Report on vaccination in Madras 1904-1921 - 1904-1921
Year: 1904
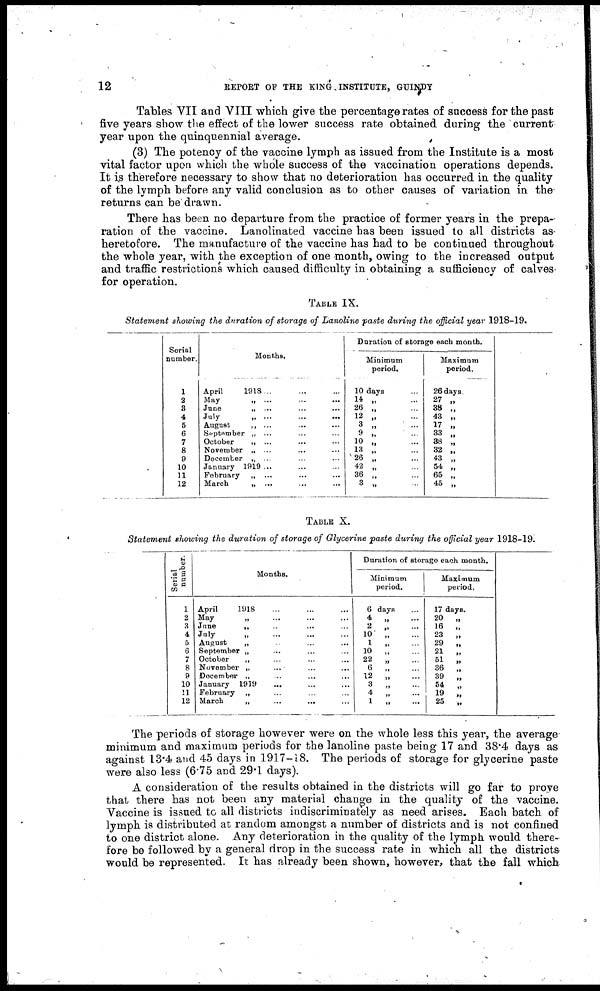
12
REPORT OF THE KING INSTITUTE, GUINDY
Tables VII and VIII which give the percentage rates of success for the past
five years show the effect of the lower success rate obtained during the current
year upon the quinquennial average.
(3) The potency of the vaccine lymph as issued from the Institute is a most
vital factor upon which the whole success of the vaccination operations depends.
It is therefore necessary to show that no deterioration has occurred in the quality
of the lymph before any valid conclusion as to other causes of variation in the
returns can be drawn.
There has been no departure from the practice of former years in the prepa-
ration of the vaccine. Lanolinated vaccine has been issued to all districts as
heretofore. The manufacture of the vaccine has had to be continued throughout
the whole year, with the exception of one month, owing to the increased output
and traffic restrictions which caused difficulty in obtaining a sufficiency of calves
for operation.
TABLE IX.
Statement showing the duration of storage of Lanoline paste during the official year 1918-19.
Serial
number.
1
2
8
4
6
6
7
8
9
10
11
12
Months,
April
1918 ... ...
May
„ ... ... ...
Jane
„ ... ... ...
July
„ ...
...
...
August
„ ... ... ...
September „ ... ... ...
October
„ ... ... ...
November „ ... ... ...
December „ ... ... ...
January 1919 ... ... ...
February „ ... ... ...
March
„ ... ... ...
Duration of storage each month.
Minimum
period.
10 days
14 „ ...
26 „ ...
12 „ ...
3 „ ...
9 „ ...
10 „ ...
13 „ ...
26 „ ...
42 „ ...
36 „ ...
3 „ ...
Maximum
period.
26 days.
27 „
38 „
43 „
17 „
33 „
88 „
82 „
43 „
54 „
65 „
45 „
TABLE X.
Statement showing the duration of storage of Glycerine paste during the official year 1918-191
Serial
number.
1
2
3
4
5
6
7
8
9
10
11
12
Months.
April
1918 ... ... ...
May
„ ... ... ...
June
„ ... ... ...
July
„ ... ... ...
August
„ ... ...
September „ ... ...
October
„ ... ... ...
November „ ... ... ...
December „ ... ... ...
January 1919
... ... ...
February „ ... ... ...
March
„ ... ... ...
Duration of storage each month.
Minimum
period.
6 days ...
4
„
...
2 „ ...
10
„ ...
1
„
...
10
„ ...
22
„ ...
6
„
...
12
„ ...
3
„ ...
4
„
...
1
„ ...
Maximum
period.
17 days.
20
„
16
„
23
„
29
„
21
„
51
„
36
„
39
„
54
„
19
„
25
„
The periods of storage however were on the whole less this year, the average
minimum and maximum periods for the lanoline paste being 17 and 38.4 days as
against 13.4 and 45 days in 1917-18. The periods of storage for glycerine paste
were also less (6.75 and 29.1 days).
A consideration of the results obtained in the districts will go far to prove
that there has not been any material change in the quality of the vaccine.
Vaccine is issued to all districts indiscriminately as need arises. Each batch of
lymph is distributed at random amongst a number of districts and is not confined
to one district alone. Any deterioration in the quality of the lymph would there-
fore be followed by a general drop in the success rate in which all the districts
would be represented. It has already been shown, however, that the fall which